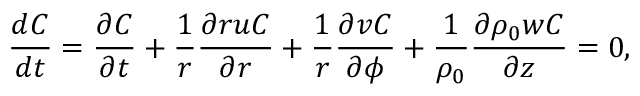
\frac { d C } { d t } = \frac { \partial C } { \partial t } + \frac { 1 } { r } \frac { \partial r u C } { \partial r } + \frac { 1 } { r } \frac { \partial v C } { \partial \phi } + \frac { 1 } { \rho _ { 0 } } \frac { \partial \rho _ { 0 } w C } { \partial z } = 0 ,